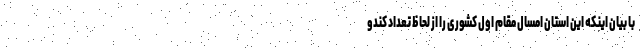
با بیان اینکه این استان امسال مقام اول کشوری را از لحاظ تعداد کندو